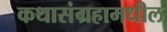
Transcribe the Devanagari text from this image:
कथासंग्रहामधील